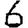
Digit: 6